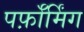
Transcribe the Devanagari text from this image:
पर्फ़ॉर्मिंग